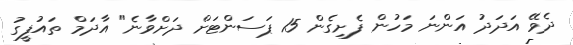
ދެވޭ އަދަދު އަންނަ މަހުން ފެށިގެން 15 ޕަސަންޓަށް ދަށްވާނެ" އާދަމް ތައުފީގު